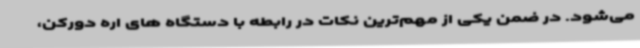
می‌شود. در ضمن یکی از مهم‌ترین نکات در رابطه با دستگاه های اره دورکن،